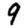
Digit: 9